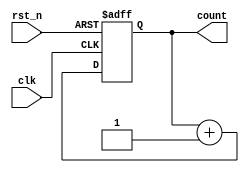
module async_reset_sync_counter (
    input wire clk,            // Clock input
    input wire rst_n,         // Active low asynchronous reset
    output reg [2:0] count     // 3-bit counter output
);

// Always block for synchronous counting on the rising edge of the clock
always @(posedge clk or negedge rst_n) begin
    if (!rst_n) begin
        // Asynchronous reset: reset count to 0
        count <= 3'b000;
    end else begin
        // Increment the counter on the rising edge of the clock
        count <= count + 1;
    end
end

endmodule